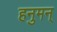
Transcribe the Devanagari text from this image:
हनुमन्